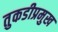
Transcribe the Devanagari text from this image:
तुकडीप्रमुख